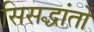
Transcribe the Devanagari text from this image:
सिसद्धांतों